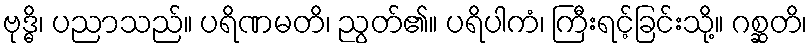
ဗုဒ္ဓိ၊ ပညာသည်။ ပရိဏမတိ၊ ညွတ်၏။ ပရိပါကံ၊ ကြီးရင့်ခြင်းသို့။ ဂစ္ဆတိ၊